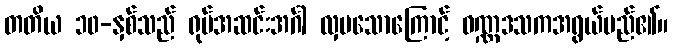
တတိယ ၁၀-နှစ်သည် ရုပ်အဆင်းအင်္ဂါ လှပသောကြောင့် ဝဏ္ဏဒသကအရွယ်မည်၏။